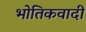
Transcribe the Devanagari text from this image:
भोतिकवादी